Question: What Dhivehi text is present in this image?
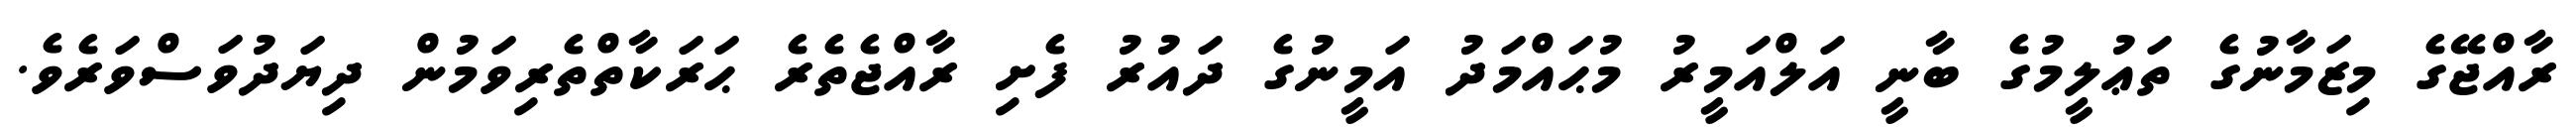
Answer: ރާއްޖޭގެ މިޒަމާނުގެ ތަޢުލީމުގެ ބާނީ އަލްއަމީރު މުޙައްމަދު އަމީނުގެ ދައުރު ފެށި ރާއްޖެތެރެ ޙަރަކާތްތެރިވަމުން ދިޔަދުވަސްވަރެވެ.